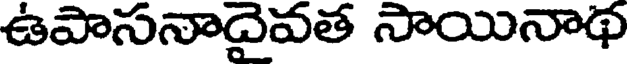
ఉపాసనాదైవత సాయినాథ